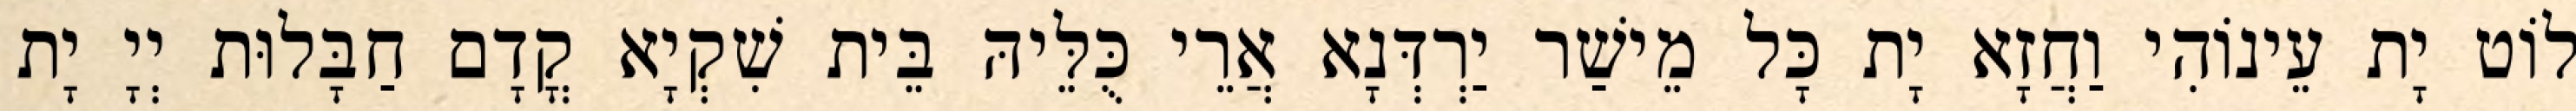
לוֹט יָת עֵינוֹהִי וַחֲזָא יָת כָּל מֵישַׁר יַרְדְּנָא אֲרֵי כֻּלֵּיהּ בֵּית שִׁקְיָא קֳדָם חַבָּלוּת יְיָ יָת